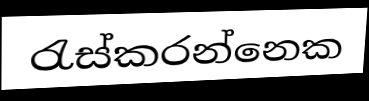
රැස්කරන්නෙක